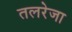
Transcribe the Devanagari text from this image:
तलरेजा